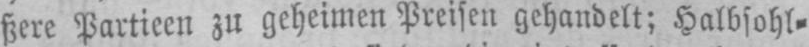
ßere Partieen zu geheimen Preisen gehandelt; Halbsohl⸗